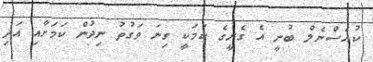
ކުއެސްނެލް ބުނީ އެ ގެރީގެ ކަމަކީ ގިނަ ވަގުތު ނިދުން ކަމަށާއި އަދި